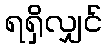
ရရှိလျှင်